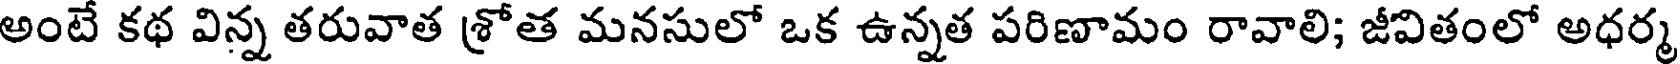
అంటే కథ విన్న తరువాత శ్రోత మనసులో ఒక ఉన్నత పరిణామం రావాలి; జీవితంలో అధర్మ